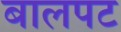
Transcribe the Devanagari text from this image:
बालपट